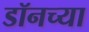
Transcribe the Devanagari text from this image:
डॉनच्या